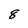
Character: 8